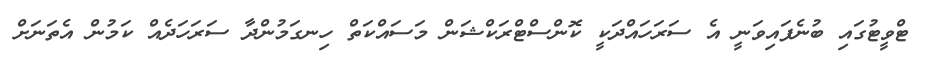
ޓްވީޓުގައި ބުނެފައިވަނީ އެ ސަރަހައްދަކީ ކޮންސްޓްރަކްޝަން މަސައްކަތް ހިނގަމުންދާ ސަރަހަދެއް ކަމުން އެތަނަށް